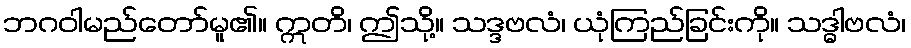
ဘဂဝါမည်တော်မူ၏။ ဣတိ၊ ဤသို့။ သဒ္ဒဗလံ၊ ယုံကြည်ခြင်းကို။ သဒ္ဓါဗလံ၊